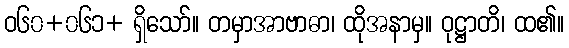
ဝ၆၀+၀၆၁+ ရှိသော်။ တမှာအာဗာဓာ၊ ထိုအနာမှ။ ဝုဋ္ဌာတိ၊ ထ၏။